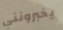
يخبرونني